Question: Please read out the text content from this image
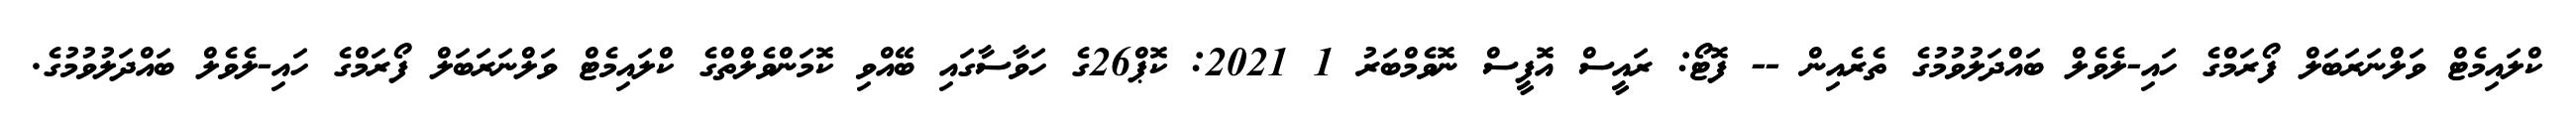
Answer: ކްލައިމެޓް ވަލްނަރަބަލް ފޯރަމްގެ ހައި-ލެވެލް ބައްދަލުވުމުގެ ތެރެއިން -- ފޮޓޯ: ރައީސް އޮފީސް ނޮވެމްބަރު 1 2021: ކޮޕް26ގެ ހަވާސާގައި ބޭއްވި ކޮމަންވެލްތްގެ ކްލައިމެޓް ވަލްނަރަބަލް ފޯރަމްގެ ހައި-ލެވެލް ބައްދަލުވުމުގެ.